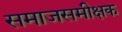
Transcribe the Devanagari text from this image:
समाजसमीक्षक